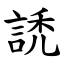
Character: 䛢